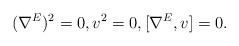
LaTeX: \begin{align*}\begin{aligned}(\nabla^{E})^{2}=0, v^{2}=0, [\nabla^{E}, v]=0.\end{aligned}\end{align*}